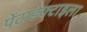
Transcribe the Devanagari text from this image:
पेंटाडेक्टाइला